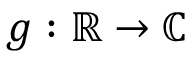
g : \mathbb { R } \to \mathbb { C }